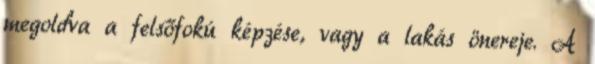
megoldva a felsőfokú képzése, vagy a lakás önereje. A